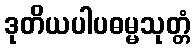
ဒုတိယပါပဓမ္မသုတ္တံ